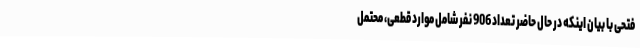
فتحی با بیان اینکه در حال حاضر تعداد 906 نفر شامل موارد قطعی، محتمل